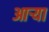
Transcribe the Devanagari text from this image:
आऱ्या